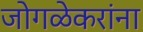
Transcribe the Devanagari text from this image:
जोगळेकरांना